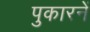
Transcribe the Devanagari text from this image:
पुकारनें